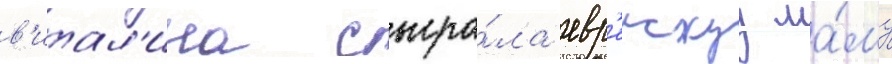
в'итал'ина сыгра́ла евр'еискуу ма́му